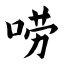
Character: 唠